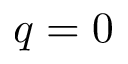
q = 0